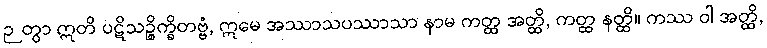
ဉတွာ ဣတိ ပဋိသဉ္စိက္ခိတဗ္ဗံ, ဣမေ အဿာသပဿာသာ နာမ ကတ္ထ အတ္ထိ, ကတ္ထ နတ္ထိ။ ကဿ ဝါ အတ္ထိ,